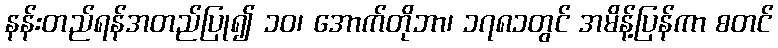
နန်းတည်ရန်အတည်ပြု၍ ၁၀၊ အောက်တိုဘာ၊ ၁၇၈၁တွင် အမိန့်ပြန်ကာ စတင်